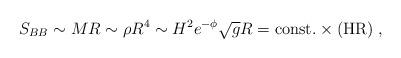
LaTeX: \begin{align*}S_{BB} \sim MR \sim \rho R^4 \sim H^2 e^{-\phi} \sqrt{g} R = \rm{const.} \times (HR) \; ,\end{align*}